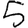
Digit: 5